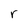
Character: r